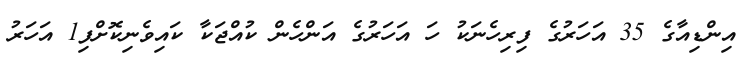
އިންޑިއާގެ 35 އަހަރުގެ ފިރިހެނަކު ހަ އަހަރުގެ އަންހެން ކުއްޖަކާ ކައިވެނިކޮށްފި1 އަހަރު